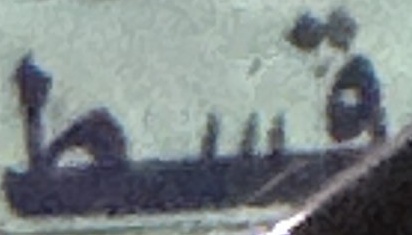
قسط